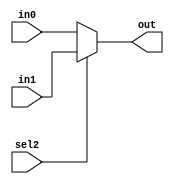
`timescale 1ns / 1ps
//////////////////////////////////////////////////////////////////////////////////
// Company: 
// Engineer: 
// 
// Design Name: 
// Module Name: smallmux
// Project Name: 
// Target Devices: 
// Tool Versions: 
// Description: 
// 
// Dependencies: 
// 
// Revision:
// Revision 0.01 - File Created
// Additional Comments:
// 
//////////////////////////////////////////////////////////////////////////////////


module smallmux(input sel2,
	input [3:0] in0, in1,
	output reg [3:0] out
    );
always@(*) begin 
	if(sel2) out=in1; 
	else out=in0;
end
endmodule